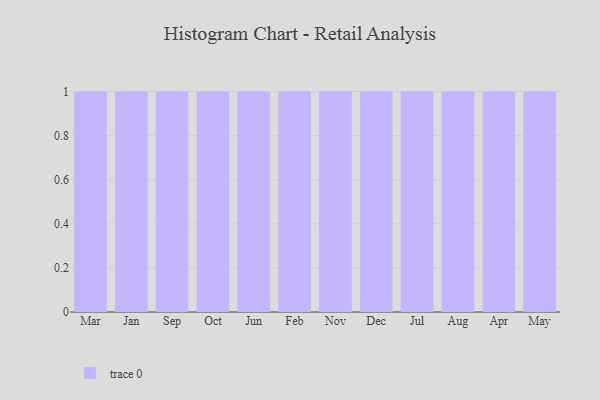
{"axis": {"x": "Month", "y": "Bounce Rate (%)"}, "legend": [""], "data": [{"x": "Mar", "y": 23, "type": ""}, {"x": "Jan", "y": 91, "type": ""}, {"x": "Sep", "y": 35, "type": ""}, {"x": "Oct", "y": 100, "type": ""}, {"x": "Jun", "y": 7, "type": ""}, {"x": "Feb", "y": 65, "type": ""}, {"x": "Nov", "y": 60, "type": ""}, {"x": "Dec", "y": 20, "type": ""}, {"x": "Jul", "y": 5, "type": ""}, {"x": "Aug", "y": 89, "type": ""}, {"x": "Apr", "y": 23, "type": ""}, {"x": "May", "y": 77, "type": ""}]}